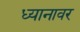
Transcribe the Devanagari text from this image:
ध्यानावर